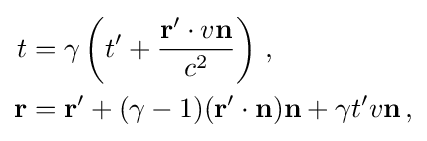
{\begin{aligned}t&=\gamma \left(t'+{\frac {\mathbf {r} '\cdot v\mathbf {n} }{c^{2}}}\right)\,,\\\mathbf {r} &=\mathbf {r} '+(\gamma -1)(\mathbf {r} '\cdot \mathbf {n} )\mathbf {n} +\gamma t'v\mathbf {n} \,,\end{aligned}}